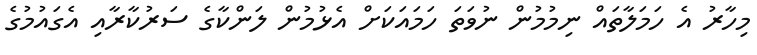
މިހާރު އެ ހަމަލާތައް ނިމުމުން ނުވަތަ ހަމައަކަށް އެޅުމުން ލަންކާގެ ސަރުކާރާއި އެގައުމުގެ